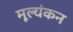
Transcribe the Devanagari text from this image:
मूल्यंकन